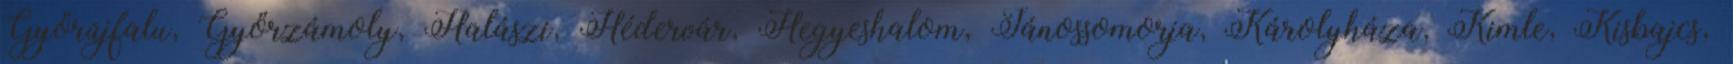
Győrújfalu, Győrzámoly, Halászi, Hédervár, Hegyeshalom, Jánossomorja, Károlyháza, Kimle, Kisbajcs,